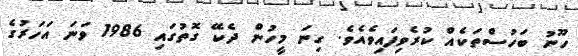
ހޫނު ބަހުސްތަކެއް ކުރެވިފައިވެއެވެ. ގިނަ މީހުން ދެކޭ ގޮތުގައި 1986 ވަނަ އަހަރުގެ